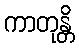
ကာတုန္တိ